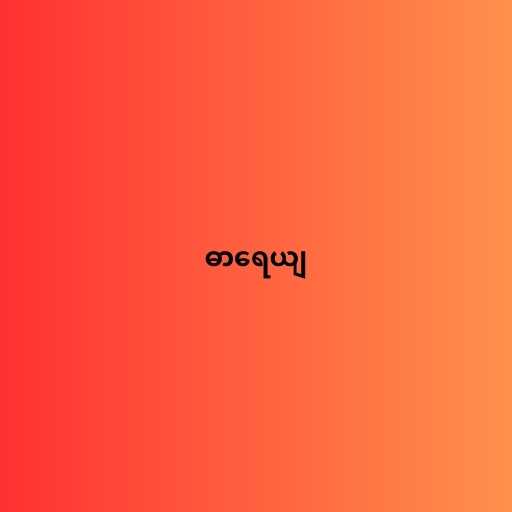
ဓာရေယျ